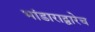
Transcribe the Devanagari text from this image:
भांडाराद्वारेच